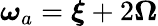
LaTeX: \boldsymbol{\omega}_{a}=\boldsymbol{\xi}+2\boldsymbol{\Omega}